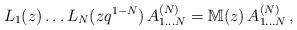
LaTeX: \begin{align*}L_1(z)\dots L_N(z q^{1-N})\, A^{(N)}_{1\dots N} = \mathbb{M}(z)\, A^{(N)}_{1\dots N}\,,\end{align*}